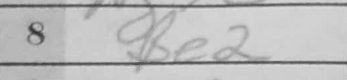
Transcription: Be2